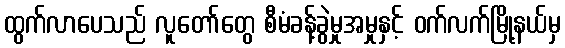
ထွက်လာပေသည် လူတော်တွေ စီမံခန့်ခွဲမှုအမှုနှင့် ဝက်လက်မြို့နယ်မှ